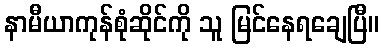
နာမီယာကုန်စုံဆိုင်ကို သူ မြင်နေရချေပြီ။